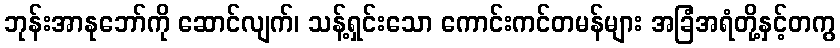
ဘုန်းအာနုဘော်ကို ဆောင်လျက်၊ သန့်ရှင်းသော ကောင်းကင်တမန်များ အခြံအရံတို့နှင့်တကွ